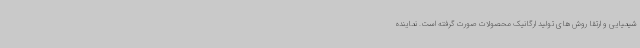
شیمیایی و ارتقا روش های تولید ارگانیک محصولات صورت گرفته است. نماینده